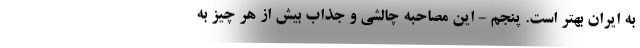
به ایران بهتر است. پنجم - این مصاحبه چالشی و جذاب بیش از هر چیز به